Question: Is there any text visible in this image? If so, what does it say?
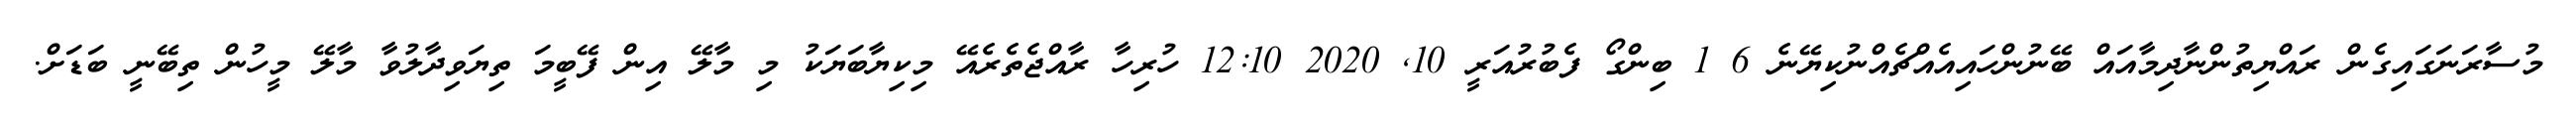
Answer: މުސާރަނަގައިގެން ރައްޔިތުންނާދިމާއައް ބޭނުންހައިއެއްޗެއްނުކިޔޭނެ 6 1 ބިންގޯ ފެބުރުއަރީ 10, 2020 12:10 ހުރިހާ ރާއްޖެތެރެއޭ މިކިޔާބަޔަކު މި މާލޭ އިން ފޭބީމަ ތިޔަވިދާލުވާ މާލޭ މީހުން ތިބޭނީ ބަޑަށް.